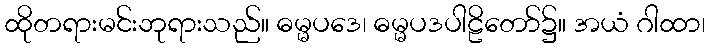
ထိုတရားမင်းဘုရားသည်။ ဓမ္မပဒေ၊ ဓမ္မပဒပါဠိတော်၌။ အယံ ဂါထာ၊